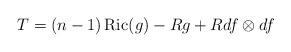
LaTeX: \begin{align*} T=(n-1)\operatorname{Ric}(g)-Rg+Rdf\otimes df\end{align*}